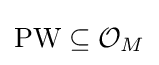
\operatorname {PW} \subseteq {\mathcal {O}}_{M}